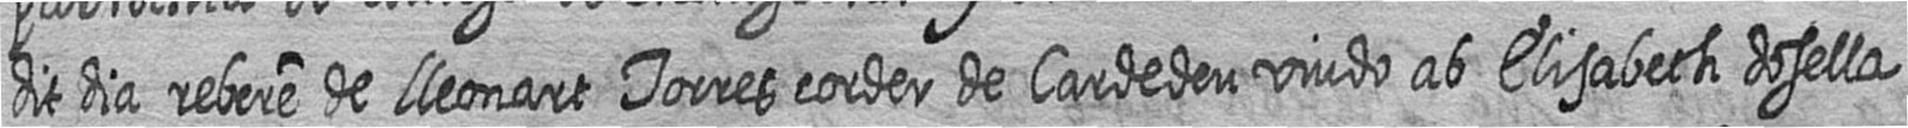
dit dia rebere de lleonart Torres corder de Cardedeu viudo ab Elisabeth dosella